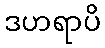
ဒဟရာပိ